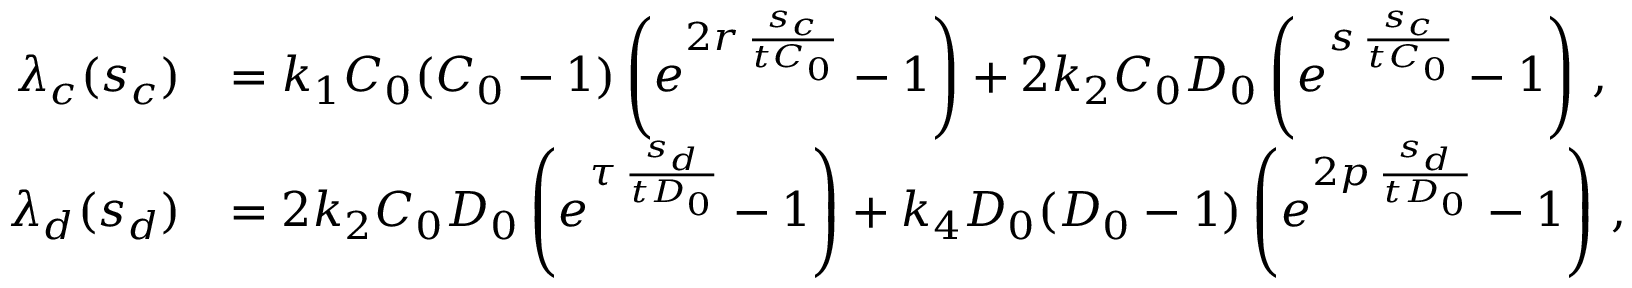
\begin{array} { r l } { \lambda _ { c } ( s _ { c } ) } & { = k _ { 1 } C _ { 0 } ( C _ { 0 } - 1 ) \left( e ^ { 2 r \, \frac { s _ { c } } { t C _ { 0 } } } - 1 \right) + 2 k _ { 2 } C _ { 0 } D _ { 0 } \left( e ^ { s \, \frac { s _ { c } } { t C _ { 0 } } } - 1 \right) \, , } \\ { \lambda _ { d } ( s _ { d } ) } & { = 2 k _ { 2 } C _ { 0 } D _ { 0 } \left( e ^ { \tau \, \frac { s _ { d } } { t D _ { 0 } } } - 1 \right) + k _ { 4 } D _ { 0 } ( D _ { 0 } - 1 ) \left( e ^ { 2 p \, \frac { s _ { d } } { t D _ { 0 } } } - 1 \right) \, , } \end{array}